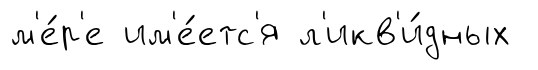
м'е́р'е им'е́етс'я л'икв'и́дных